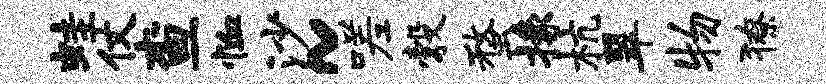
蛙仗查恤沙~嗟彀蝥掾杭翠物獠